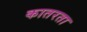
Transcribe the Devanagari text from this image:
कातरता